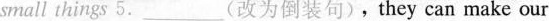
small things 5.___（改为倒装句），they can make our